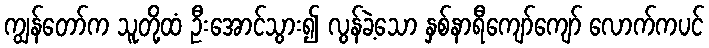
ကျွန်တော်က သူတို့ထံ ဦးအောင်သွား၍ လွန်ခဲ့သော နှစ်နာရီကျော်ကျော် လောက်ကပင်